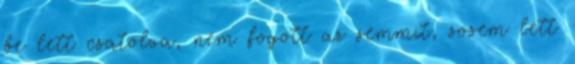
be lett csatolva, nem fogott az semmit, sosem lett